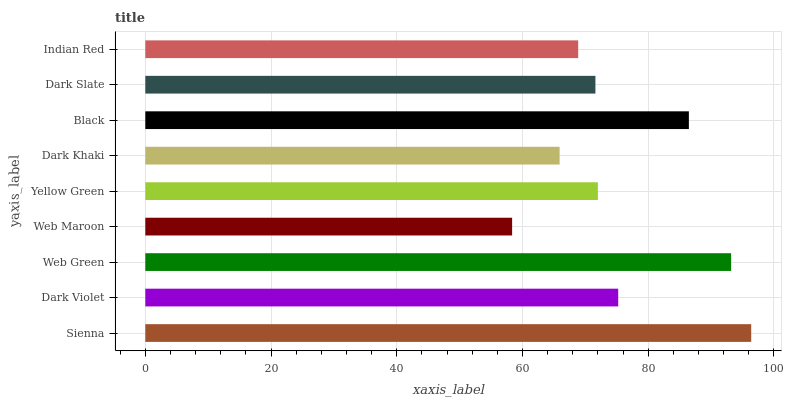
| yaxis_label | bars |
 | --- | --- |
 | Sienna | 96.4 |
 | Dark Violet | 75.2 |
 | Web Green | 93.2 |
 | Web Maroon | 58.3 |
 | Yellow Green | 72 |
 | Dark Khaki | 65.9 |
 | Black | 86.5 |
 | Dark Slate | 71.6 |
 | Indian Red | 68.9 |